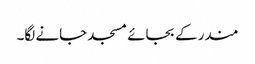
مندر کے بجائے مسجد جانے لگا۔